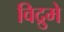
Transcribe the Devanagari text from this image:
विद्रुमे